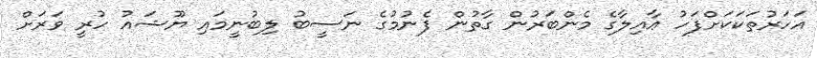
އަހަރުތަކަކަށްފަހު ޢާއިލާގެ މެންބަރުން ގާތުން ފެނުމުގެ ނަސީބު ލިބުނީމައި ޔޫޝައު ހުރީ ވަރަށް